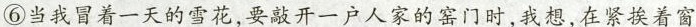
⑥当我冒着一天的雪花，要敲开一户人家的窑门时，我想，在紧挨着窗